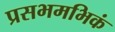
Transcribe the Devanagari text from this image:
प्रसभमभिकं